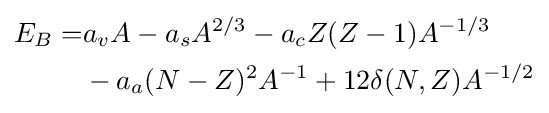
{\begin{aligned}E_{B}=&a_{v}A-a_{s}A^{2/3}-a_{c}Z(Z-1)A^{-1/3}\\&-a_{a}(N-Z)^{2}A^{-1}+12\delta (N,Z)A^{-1/2}\\\end{aligned}}